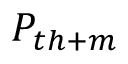
P _ { { t h + m } }